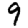
Digit: 9